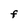
Character: F